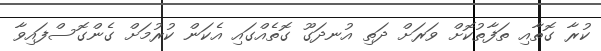
ކުރާ ގޮތާއި ތަފާތުކޮށް ވަރަށް ދަތި އުނދަގޫ ގޮތެއްގައި އެކަން ކުރުމަށް ގެންގޮސްފައިވާ